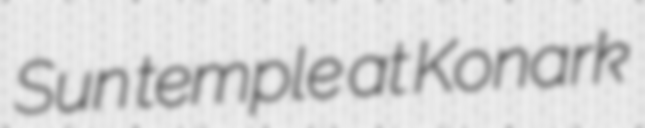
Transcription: Sun temple at Konark